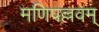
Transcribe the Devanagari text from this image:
मणिपल्लवम्